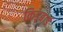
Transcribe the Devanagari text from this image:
किड्बाई